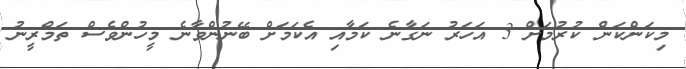
މިކަންކަން ކުރުމަށް 3 އަހަރު ނަގާނެ ކަމާއި އެކަމަށް ބޭނުންވާނެ މީހުންވެސް ތަމްރީނު